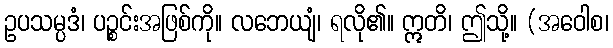
ဥပသမ္ပဒံ၊ ပဉ္စင်းအဖြစ်ကို။ လဘေယျံ၊ ရလို၏။ ဣတိ၊ ဤသို့။ (အဝေါစ၊